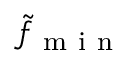
\tilde { f } _ { \mathrm { ~ m ~ i ~ n ~ } }